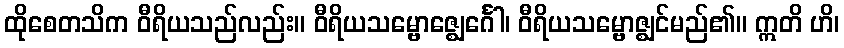
ထိုစေတသိက ဝီရိယသည်လည်း။ ဝီရိယသမ္ဗောဇ္ဈေင်္ဂေါ၊ ဝီရိယသမ္ဗောဇ္ဈင်မည်၏။ ဣတိ ဟိ၊